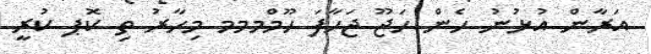
އަރާން އުޅުނު ހެން ހަޖޫ ޖަހާފަ ހޫމްމމމ މިހާރު ތި ކޮޕ ކުރީ